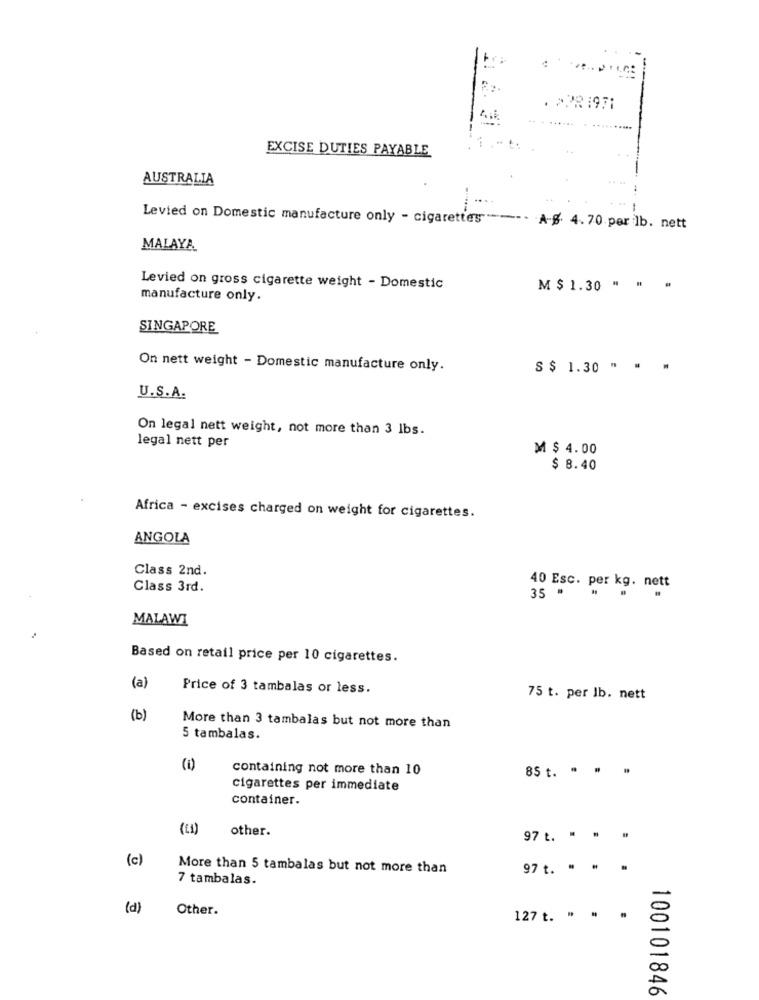
......
EXCISE DUTIES PAYABLE
AUSTRALIA
Levied on Domestic manufacture only - cigarettes ----- A-S. 4.70 per lb. nett
MALAYA
Levied on gross cigarette weight - Domestic
M $ 1.30 * * *
manufacture only.
SINGAPORE
On nett weight - Domestic manufacture only.
S $ 1.30 " . .
U.S.A.
On legal nett weight, not more than 3 lbs.
legal nett per
M $ 4.00
$ 8.40
Africa - excises charged on weight for cigarettes.
ANGOLA
Class 2nd.
Class 3rd.
40 Esc. per kg. nett
35 .
MALAWI
Based on retail price per 10 cigarettes.
(a)
Price of 3 tambalas or less.
75 t. per lb. nett
(b)
More than 3 tambalas but not more than
5 tambalas.
(1)
containing not more than 10
85 t. . . .
cigarettes per immediate
container.
(€1)
other.
97 t.
(c)
More than 5 tambalas but not more than
97 t. . .
7 tambalas.
(d)
Other.
127 t. . .
100101846